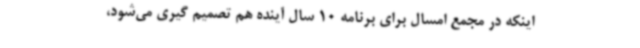
اینکه در مجمع امسال برای برنامه 10 سال آینده هم تصمیم گیری می‌شود،